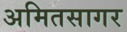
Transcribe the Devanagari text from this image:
अमितसागर